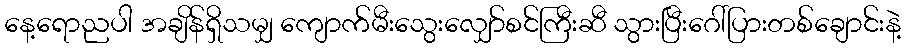
နေ့ရောညပါ အချိန်ရှိသမျှ ကျောက်မီးသွေးလျှော်စင်ကြီးဆီ သွားပြီးဂေါ်ပြားတစ်ချောင်းနဲ့